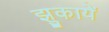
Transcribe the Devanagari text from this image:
झुकायें